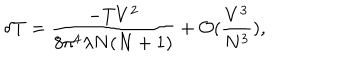
LaTeX: \delta \mathrm { T } = \frac { - T V ^ { 2 } } { 8 \pi ^ { 4 } \lambda N ( N + 1 ) } + { \cal O } ( \frac { V ^ { 3 } } { N ^ { 3 } } ) ,